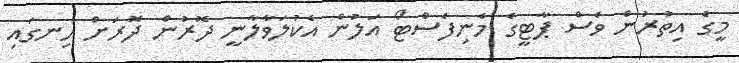
މީގެ އިތުރުން ވެސް ޕާޓީގެ މެނިފެސްޓޯ އަލުން އެކުލަވާލާނީ ދޮރުން ދޮރަށް ހިނގައި